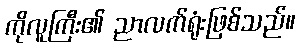
ကိုလူကြီး၏ ညာလက်ရုံးဖြစ်သည်။